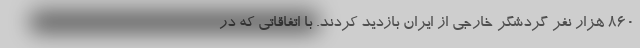
۸۶۰ هزار نفر گردشگر خارجی از ایران بازدید کردند. با اتفاقاتی که در